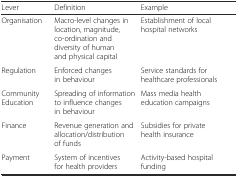
<table><thead><tr><td><b>Lever</b></td><td><b>Definition</b></td><td><b>Example</b></td></tr></thead><tbody><tr><td>Organisation</td><td>Macro-level changes in location, magnitude, co-ordination and diversity of human and physical capital</td><td>Establishment of local hospital networks</td></tr><tr><td>Regulation</td><td>Enforced changes in behaviour</td><td>Service standards for healthcare professionals</td></tr><tr><td>Community Education</td><td>Spreading of information to influence changes in behaviour</td><td>Mass media health education campaigns</td></tr><tr><td>Finance</td><td>Revenue generation and allocation/distribution of funds</td><td>Subsidies for private health insurance</td></tr><tr><td>Payment</td><td>System of incentives for health providers</td><td>Activity-based hospital funding</td></tr></tbody></table>